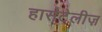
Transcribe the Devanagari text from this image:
हार्सटेलीज़